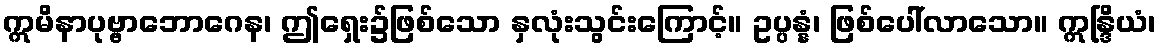
ဣမိနာပုဗ္ဗာဘောဂေန၊ ဤရှေး၌ဖြစ်သော နှလုံးသွင်းကြောင့်။ ဥပ္ပန္နံ၊ ဖြစ်ပေါ်လာသော။ ဣန္ဒြိယံ၊